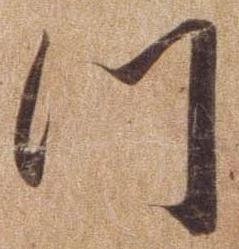
つ